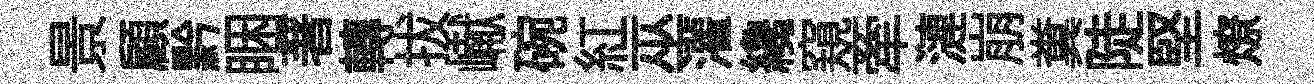
景顧黔睏著轉拔𪩘碗紅巫灌纔窺牽漣崩糞陡堅燎